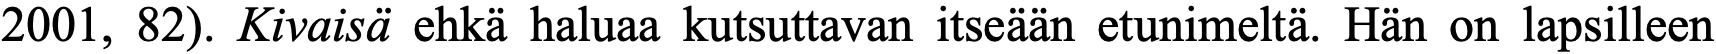
2001, 82). Kivaisä ehkä haluaa kutsuttavan itseään etunimeltä. Hän on lapsilleen